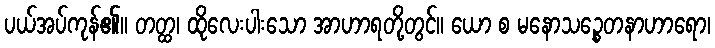
ပယ်အပ်ကုန်၏။ တတ္ထ၊ ထိုလေးပါးသော အာဟာရတို့တွင်။ ယော စ မနောသဉ္စေတနာဟာရော၊